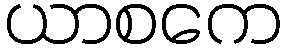
ယာစကေ